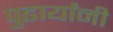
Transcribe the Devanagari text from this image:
पुढार्यांनी